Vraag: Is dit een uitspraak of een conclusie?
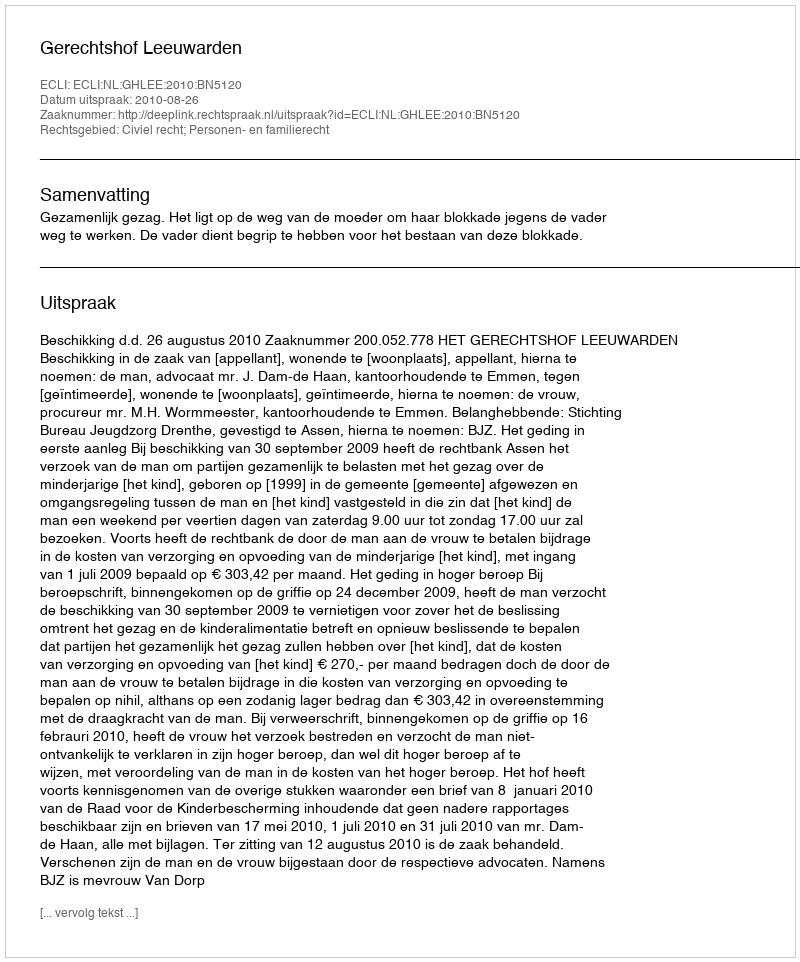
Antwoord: Uitspraak